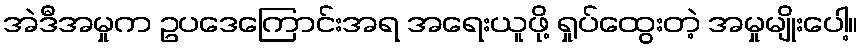
အဲဒီအမှုက ဥပဒေကြောင်းအရ အရေးယူဖို့ ရှုပ်ထွေးတဲ့ အမှုမျိုးပေါ့။